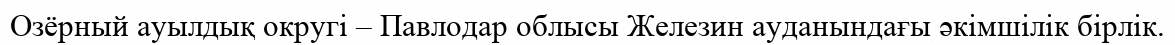
Озёрный ауылдық округі – Павлодар облысы Железин ауданындағы әкімшілік бірлік.